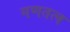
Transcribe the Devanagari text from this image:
गणतत्व